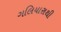
ગલિયારાથી